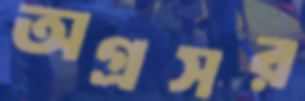
অগ্রসর